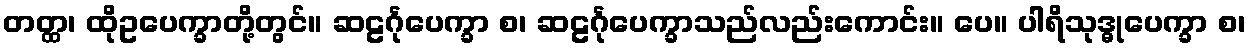
တတ္ထ၊ ထိုဥပေက္ခာတို့တွင်။ ဆဠင်္ဂုပေက္ခာ စ၊ ဆဠင်္ဂုပေက္ခာသည်လည်းကောင်း။ ပေ။ ပါရိသုဒ္ဓုပေက္ခာ စ၊